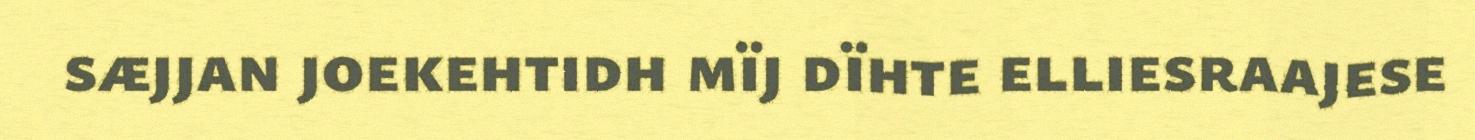
sæjjan joekehtidh mïj dïhte elliesraajese